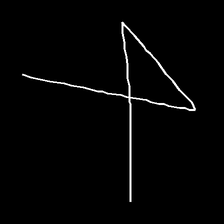
Glyph: collection